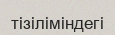
тізіліміндегі